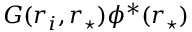
G ( \boldsymbol { r } _ { i } , \boldsymbol { r } _ { \star } ) \phi ^ { * } ( \boldsymbol { r } _ { \star } )